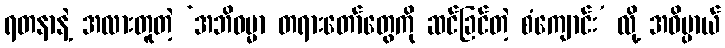
ရတနာနဲ့ အလားတူတဲ့ ‘အဘိဓမ္မာ တရားတော်တွေကို ဆင်ခြင်တဲ့ စံကျောင်း’ လို့ အဓိပ္ပာယ်